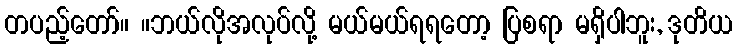
တပည့်တော်။ ။ဘယ်လိုအလုပ်လို့ မယ်မယ်ရရတော့ ပြစရာ မရှိပါဘူး, ဒုတိယ